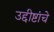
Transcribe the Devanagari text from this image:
उद्दीष्टांचे